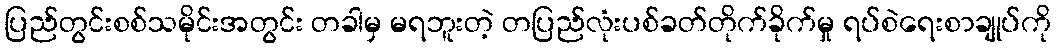
ပြည်တွင်းစစ်သမိုင်းအတွင်း တခါမှ မရဘူးတဲ့ တပြည်လုံးပစ်ခတ်တိုက်ခိုက်မှု ရပ်စဲရေးစာချုပ်ကို